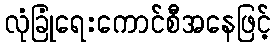
လုံခြုံရေးကောင်စီအနေဖြင့်